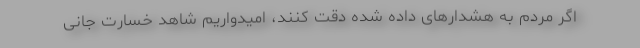
اگر مردم به هشدارهای داده شده دقت کنند، امیدواریم شاهد خسارت جانی